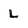
Character: L